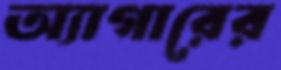
অ্যাগারের